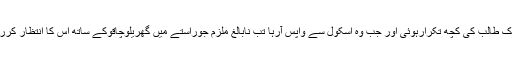
ڈپٹی کمشنر آف پولیس ( ایسٹ) اوم ویر سنگھ نے ائی اے این ایس سے بات کرتے ہوئے کہاکہ سکول مہلوک طالب کی کچھ تکرارہوئی اور جب وہ اسکول سے واپس آرہا تب نابالغ ملزم جوراستے میں گھریلوچاقوکے ساتھ اس کا انتظار کررہا تھا اپنے دوسری ساتھیوں کی مدد سے متوفی طالب علم کو جکڑ مذکورہ چاقوسے اس پر کئے وار کئے۔